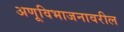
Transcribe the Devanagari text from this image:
अणूविभाजनावरील